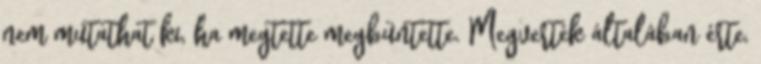
nem mutathat ki, ha megtette megbüntette. Megverték általában érte,